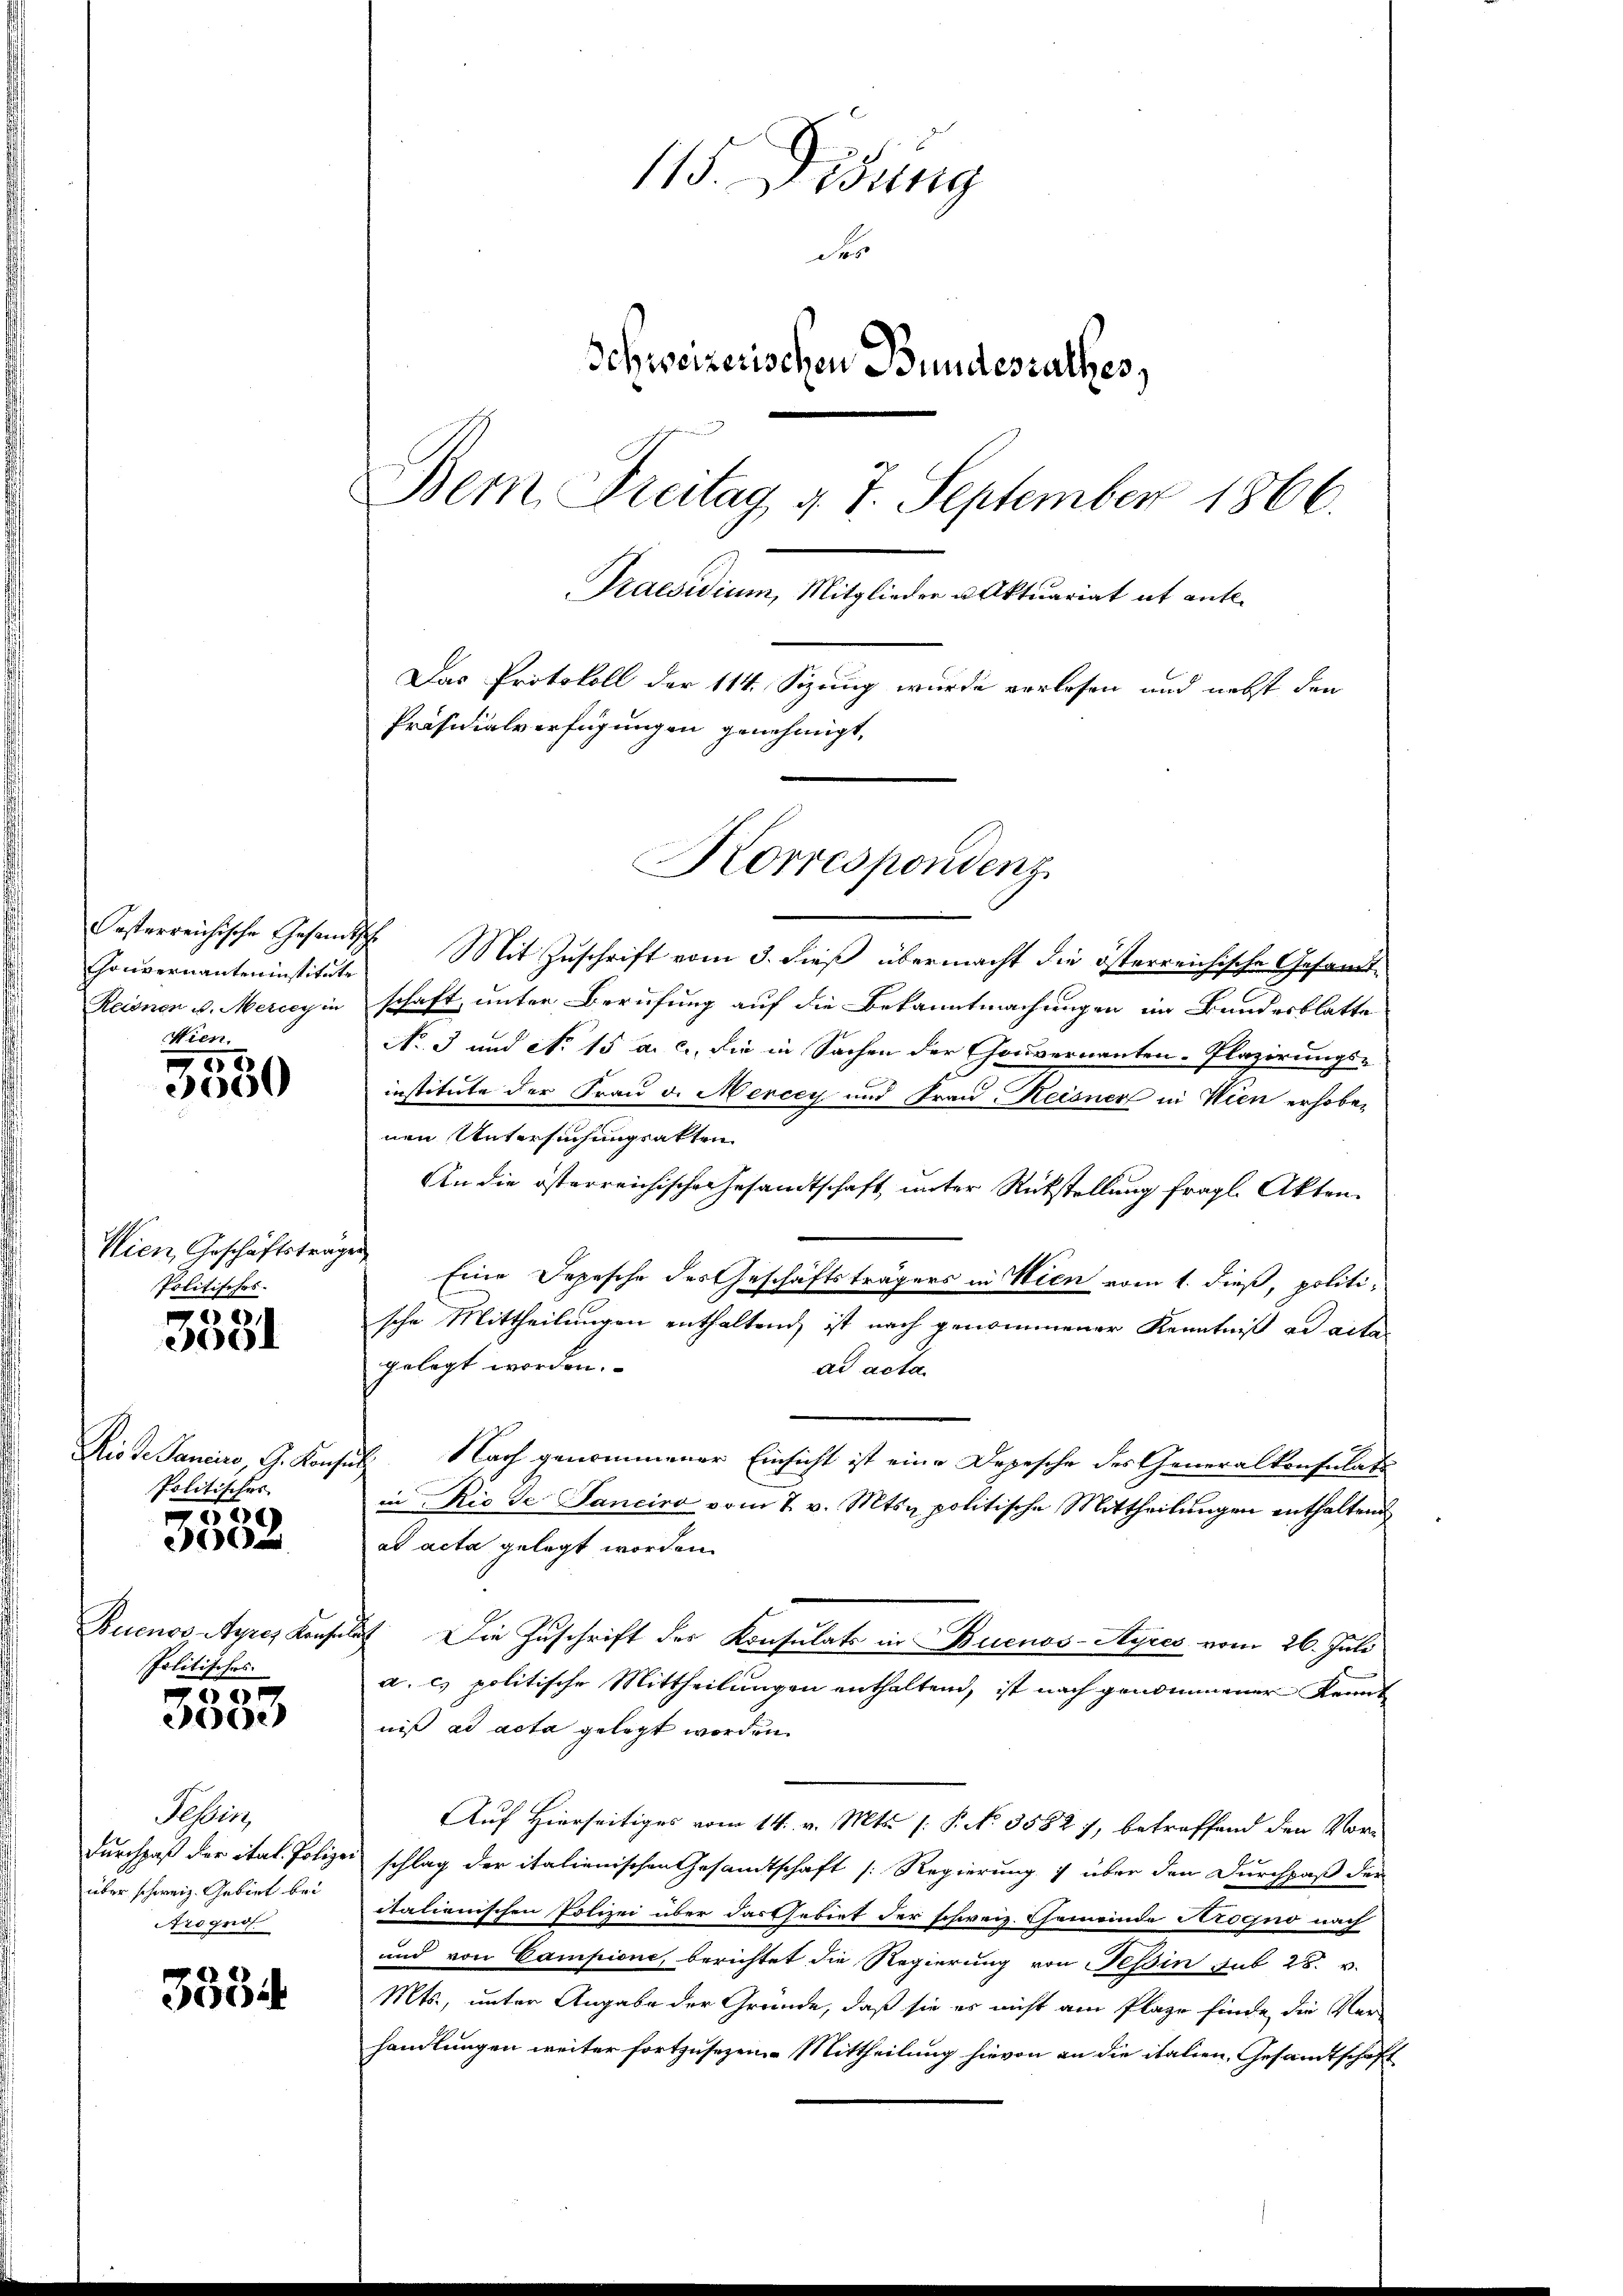
Couvernannteninstitute
Reisnen u. Meicey in
Wien.

0
3000

Wien Geschäftsträge
Politisches.

22),
305

Disse Sanciers, G. Konfe
Politisches

569
e

Buenos-Ayres Konse
Politisches
e

00.)

Sebens
Durchpaß der ital. Polizei
über schweiz. Gebiet bei
Arognos

3534

115. Disung
des
Schweizerischen Bundesrathes,
Bern, Freitag d. 7. September 1866.
Praesidium, Mitglieder u. Aktuariat it ent¬
Das Protokoll der 114. Sizung wurde verlesen und nebst den
Präsidialverfügungen genehmigt,

Korrespondenz

Oesterreichische Gesandtsche Mit Zuschrift vom 3. dieß übermacht die österreichische Gesandt-
schaft, unter Berufung auf die Bekanntmachungen im Bundesblatte
No 3 und No 15 a. c., die in Sachen der Gouvernannten-Plazirungs-
institute der Frau v. Merccy und Frau Heisner in Wien erhoben
nen Untersuchungsakten
An die österreichische Gesandtschaft unter Rückstellung fragl. Akten.
 Eine Depesche des Geschäftsträgers in Wien vom 1. dieß, politische Mittheilungen enthaltend, ist nach genommener Kenntniß ad acte
gelegt worden.
ad acta
Nach genommener Einsicht ist eine Depesche des Generalkonsulats
¬
in Rio de Sanciro vom 7. v. Mts. politische Mittheilŭngen enthaltend
ad acta gelegt worden.
21. Die Zuschrift des Konsulats in Buenos-Ayres vom 26. Juli
a. es politische Mittheilungen enthaltend, ist nach genommener kannt
niß ad acta gelegt worden.
Auf Hierseitiges vom 14. v. Mts. (: P. No 3582 7, betreffend den Vorschlag der italienischen Gesamtschaft [Regierung über den Durchpaß der
italienischen Polizei über das Esebiet der schweiz. Gemeinde Progno nach
und von Campione, berichtet die Regierung von Tessin sub 28. v.
Mts., unter Angabe der Gründe, daß sie es nicht am Plaze finde die Ver-
handlungen weiter fortzusezen - Mittheilung hievon an die italien, Gesandtschaft